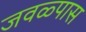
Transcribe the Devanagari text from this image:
जवळ्पास